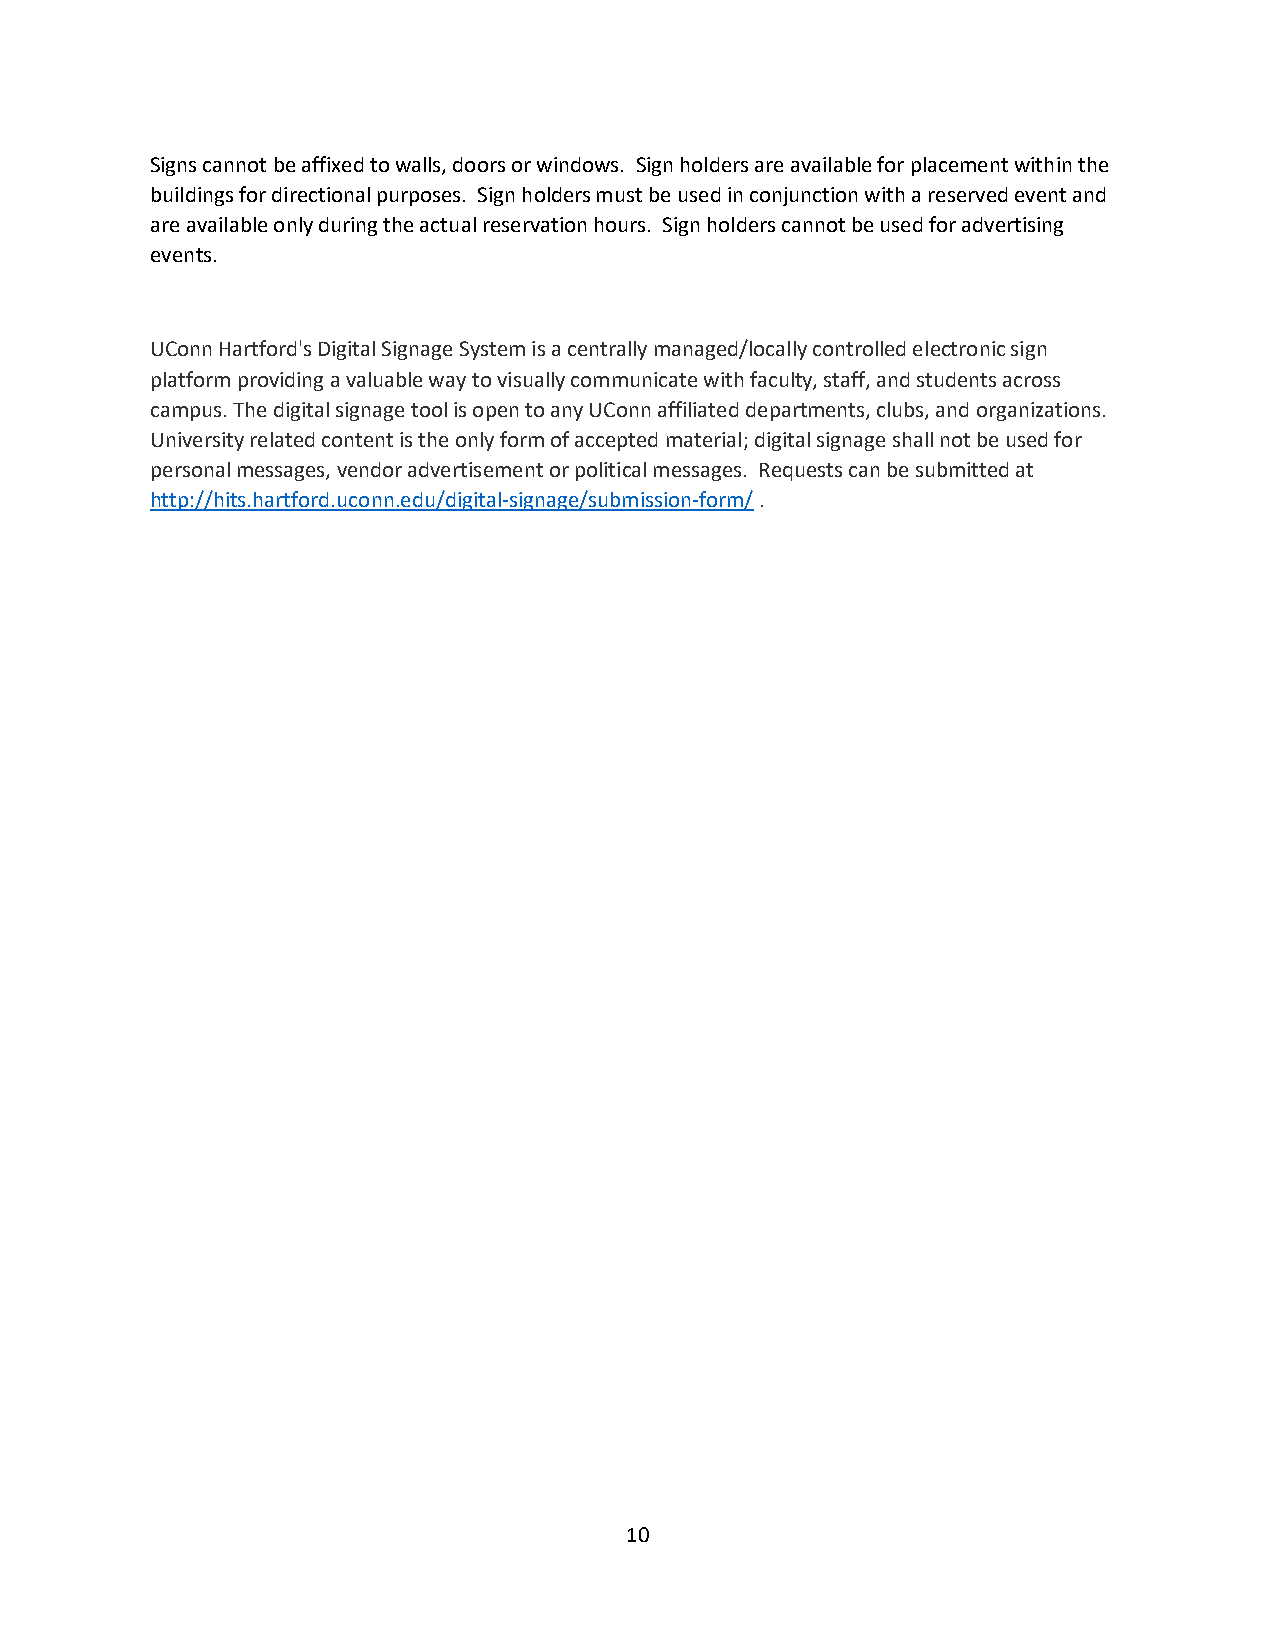
Signs cannot be affixed to walls, doors or windows. Sign holders are available for placement within the
 buildings for directional purposes. Sign holders must be used in conjunction with a reserved event and
 are available only during the actual reservation hours. Sign holders cannot be used for advertising
 events.
 UConn Hartford's Digital Signage System is a centrally managed/locally controlled electronic sign
 platform providing a valuable way to visually communicate with faculty, staff, and students across
 campus. The digital signage tool is open to any UConn affiliated departments, clubs, and organizations.
 University related content is the only form of accepted material; digital signage shall not be used for
 personal messages, vendor advertisement or political messages. Requests can be submitted at
 http://hits.hartford.uconn.edu/digital-signage/submission-form/ .
 10